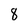
Character: 8